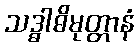
သဒ္ဓါဓိမုတ္တာနံ